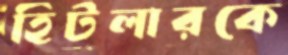
হিটলারকে